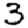
Digit: 3